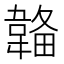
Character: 𩏄